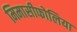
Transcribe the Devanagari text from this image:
मिमासीफोलिया